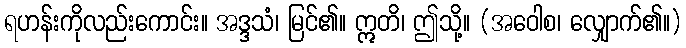
ရဟန်းကိုလည်းကောင်း။ အဒ္ဒသံ၊ မြင်၏။ ဣတိ၊ ဤသို့။ (အဝေါစ၊ လျှောက်၏။)